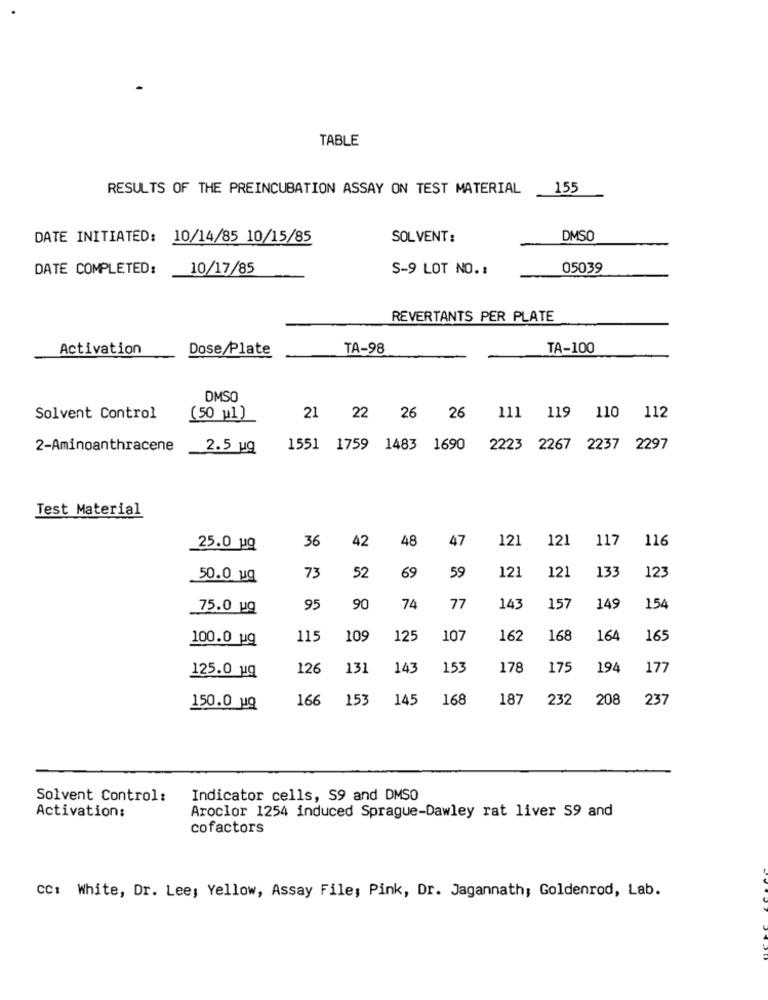
TABLE
RESULTS OF THE PREINCUBATION ASSAY ON TEST MATERIAL
155
DATE INITIATED: 10/14/85 10/15/85
SOLVENT:
DMSO
DATE COMPLETED:
10/17/85
S-9 LOT NO. :
05039
REVERTANTS PER PLATE
Activation
Dose/Plate
TA-98
TA-100
DMSO
110
112
Solvent Control
(50 w1)
21
22 26
26
111 119
2-Aminoanthracene
2.5 ug
1551 1759 1483 1690
2223 2267 2237 2297
Test Material
36
42
48
47
121
121
117
116
25.0 1Q
69
59
121
12]
133
123
50.0 ug
73
52
75.0 ug
95
90
74
77
143
157
149
154
100.0 uq
115
109
125
107
162
168
164
165
125.0 uq
126
131
143
153
178
175
194
177
166
153
145
168
187
232
208
237
150.0 uQ
Solvent Control:
Indicator cells, S9 and DMSO
Activation:
Aroclor 1254 induced Sprague-Dawley rat liver 59 and
cofactors
CC: White, Dr. Lee; Yellow, Assay File; Pink, Dr. Jagannath; Goldenrod, Lab.